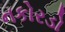
નકોરડો